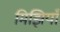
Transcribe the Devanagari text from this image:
मिझियाँ